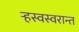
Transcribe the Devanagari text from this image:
ऱ्हस्वस्वरान्त